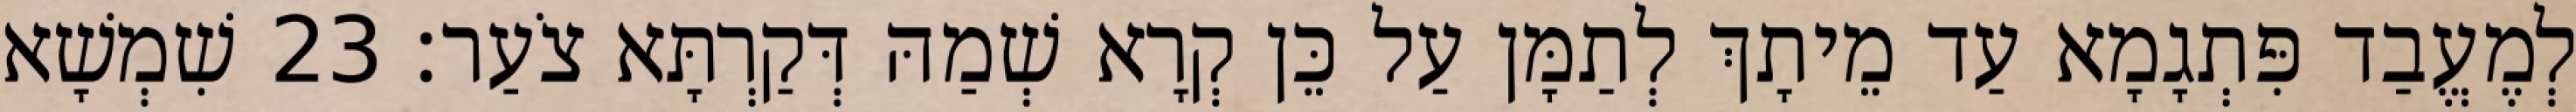
לְמֶעֱבַד פִּתְגָמָא עַד מֵיתָךְ לְתַמָּן עַל כֵּן קְרָא שְׁמַהּ דְּקַרְתָּא צֹעַר׃ 23 שִׁמְשָׁא